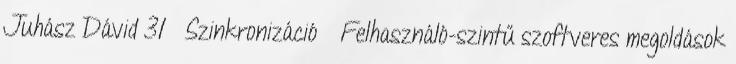
Juhász Dávid 31 Szinkronizáció ● Felhasználó-szintű szoftveres megoldások